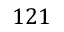
1 2 1